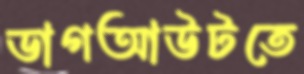
ডাগআউটতে